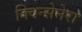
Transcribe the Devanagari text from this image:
क्विन्सेनेरा